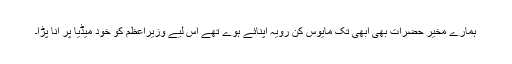
ہمارے مخیر حضرات بھی ابھی تک مایوس کن رویہ اپنائے ہوے تھے اس لیے وزیراعظم کو خود میڈیا پر آنا پڑا۔